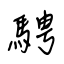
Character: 騁